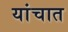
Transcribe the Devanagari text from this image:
यांचात